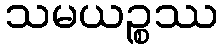
သမယဉ္စဿ